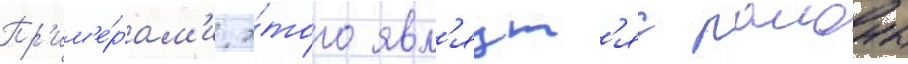
Пр'им'е́рам'и э́того явл'яут'яс раионы